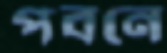
পবনে